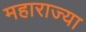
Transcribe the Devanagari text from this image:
महाराज्या